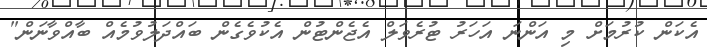
އެކަން ކުރުމަށް މި އަންނަ އަހަރު ޓުރެވަލް އެޖެންޓުން އެކުވެގެން ބައްދަލުވުމެއް ބާއްވާނަން"